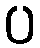
ပ